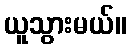
ယူသွားမယ်။